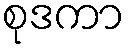
စုဒကာ